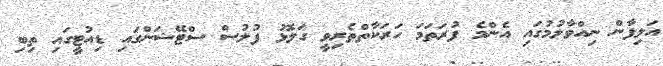
އަލިފާން ނިއްވާލުމުގައި އެންމެ ފުރަތަމަ ހަރަކާތްތެރިވީ ގަލޮޅު ފުލުސް ސްޓޭޝަންގައި ޑިއުޓީގައި ތިބި